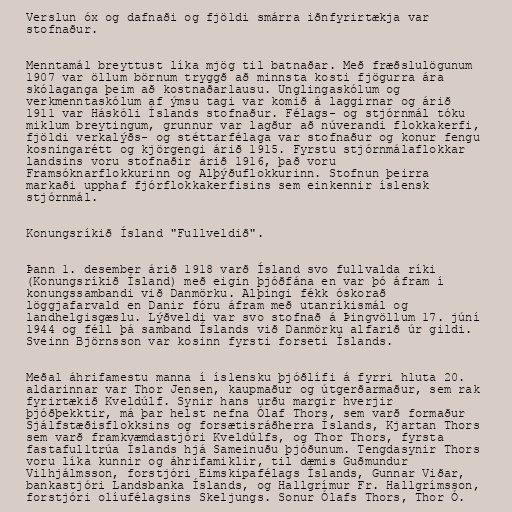
Verslun óx og dafnaði og fjöldi smárra iðnfyrirtækja var
stofnaður.

Menntamál breyttust líka mjög til batnaðar. Með fræðslulögunum
1907 var öllum börnum tryggð að minnsta kosti fjögurra ára
skólaganga þeim að kostnaðarlausu. Unglingaskólum og
verkmenntaskólum af ýmsu tagi var komið á laggirnar og árið
1911 var Háskóli Íslands stofnaður. Félags- og stjórnmál tóku
miklum breytingum, grunnur var lagður að núverandi flokkakerfi,
fjöldi verkalýðs- og stéttarfélaga var stofnaður og konur fengu
kosningarétt og kjörgengi árið 1915. Fyrstu stjórnmálaflokkar
landsins voru stofnaðir árið 1916, það voru
Framsóknarflokkurinn og Alþýðuflokkurinn. Stofnun þeirra
markaði upphaf fjórflokkakerfisins sem einkennir íslensk
stjórnmál.

Konungsríkið Ísland "Fullveldið".

Þann 1. desember árið 1918 varð Ísland svo fullvalda ríki
(Konungsríkið Ísland) með eigin þjóðfána en var þó áfram í
konungssambandi við Danmörku. Alþingi fékk óskorað
löggjafarvald en Danir fóru áfram með utanríkismál og
landhelgisgæslu. Lýðveldi var svo stofnað á Þingvöllum 17. júní
1944 og féll þá samband Íslands við Danmörku alfarið úr gildi.
Sveinn Björnsson var kosinn fyrsti forseti Íslands.

Meðal áhrifamestu manna í íslensku þjóðlífi á fyrri hluta 20.
aldarinnar var Thor Jensen, kaupmaður og útgerðarmaður, sem rak
fyrirtækið Kveldúlf. Synir hans urðu margir hverjir
þjóðþekktir, má þar helst nefna Ólaf Thors, sem varð formaður
Sjálfstæðisflokksins og forsætisráðherra Íslands, Kjartan Thors
sem varð framkvæmdastjóri Kveldúlfs, og Thor Thors, fyrsta
fastafulltrúa Íslands hjá Sameinuðu þjóðunum. Tengdasynir Thors
voru líka kunnir og áhrifamiklir, til dæmis Guðmundur
Vilhjálmsson, forstjóri Eimskipafélags Íslands, Gunnar Viðar,
bankastjóri Landsbanka Íslands, og Hallgrímur Fr. Hallgrímsson,
forstjóri olíufélagsins Skeljungs. Sonur Ólafs Thors, Thor Ó.